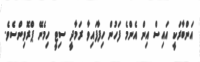
އަންބާރަކީ އައިސް އިން އެންމެ ފަހުން ހިފާފައިވާ ރަމާދީ ސިޓީ ހިމެނޭ ޕްރޮވިންސެވެ.